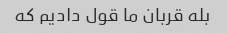
بله قربان ما قول دادیم که